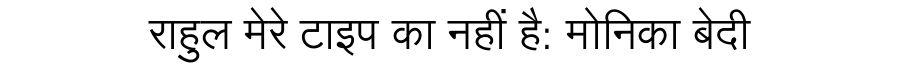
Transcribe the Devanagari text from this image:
राहुल मेरे टाइप का नहीं है: मोनिका बेदी